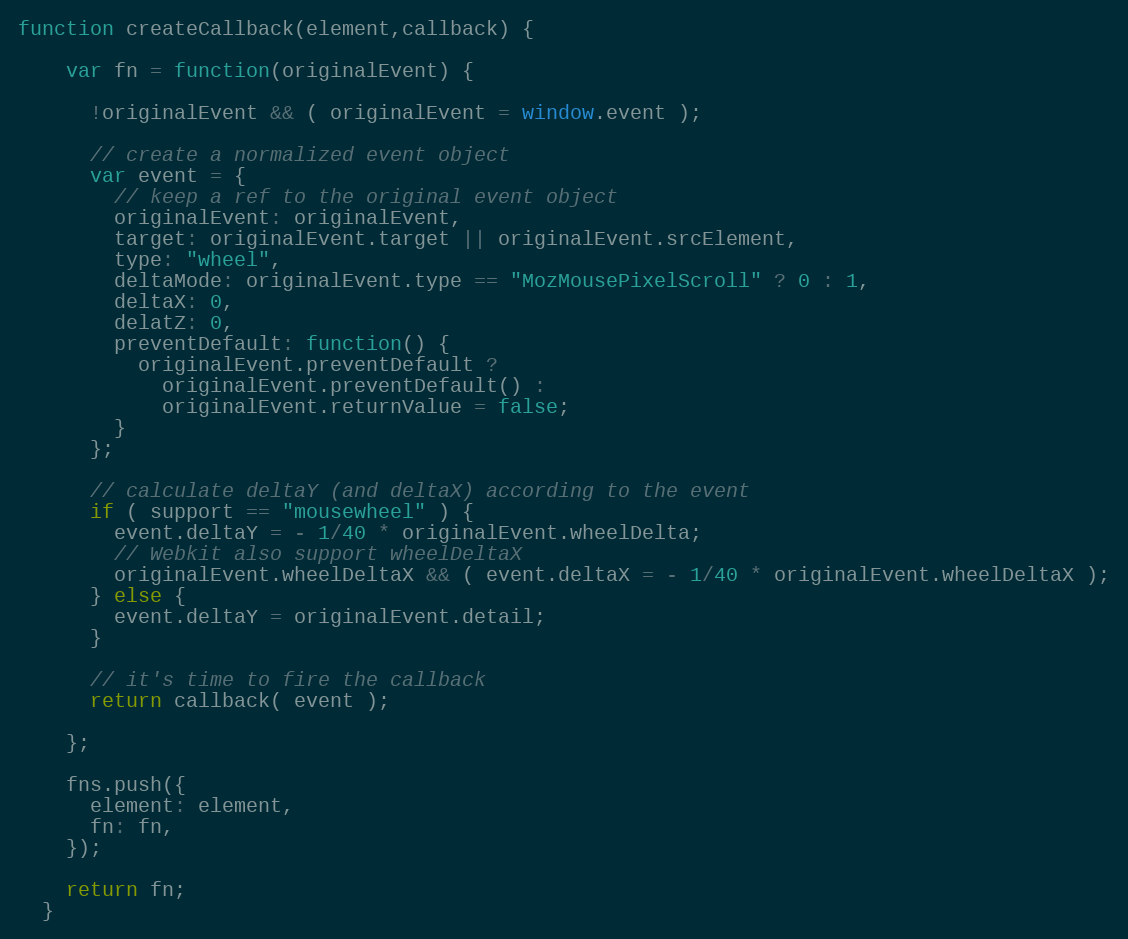
Language: JavaScript
function createCallback(element,callback) {

    var fn = function(originalEvent) {

      !originalEvent && ( originalEvent = window.event );

      // create a normalized event object
      var event = {
        // keep a ref to the original event object
        originalEvent: originalEvent,
        target: originalEvent.target || originalEvent.srcElement,
        type: "wheel",
        deltaMode: originalEvent.type == "MozMousePixelScroll" ? 0 : 1,
        deltaX: 0,
        delatZ: 0,
        preventDefault: function() {
          originalEvent.preventDefault ?
            originalEvent.preventDefault() :
            originalEvent.returnValue = false;
        }
      };

      // calculate deltaY (and deltaX) according to the event
      if ( support == "mousewheel" ) {
        event.deltaY = - 1/40 * originalEvent.wheelDelta;
        // Webkit also support wheelDeltaX
        originalEvent.wheelDeltaX && ( event.deltaX = - 1/40 * originalEvent.wheelDeltaX );
      } else {
        event.deltaY = originalEvent.detail;
      }

      // it's time to fire the callback
      return callback( event );

    };

    fns.push({
      element: element,
      fn: fn,
    });

    return fn;
  }